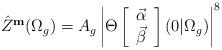
LaTeX: \begin{align*}\hat {Z} ^{\bf m}(\Omega _g)=A_g \left | \Theta\left[ \begin{array} {c}{\vec \alpha} \\ {\vec \beta }\end{array} \right] (0 \vert \Omega _g)\right |^8\end{align*}